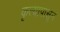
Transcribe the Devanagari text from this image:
कृत्यापासून